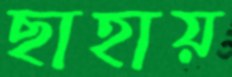
ছাহায়